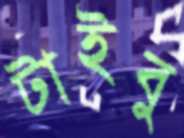
টাইবু